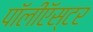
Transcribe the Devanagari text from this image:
पॉलीऍस्टर